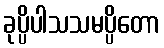
ခုပ္ပိပါသသမပ္ပိတော